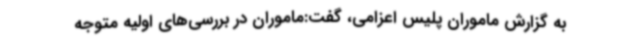
به گزارش ماموران پلیس اعزامی، گفت:ماموران در بررسی‌های اولیه متوجه